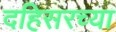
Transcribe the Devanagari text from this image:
दहिसरच्या